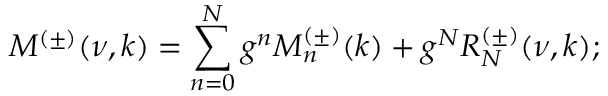
M ^ { ( \pm ) } ( \nu , k ) = \sum _ { n = 0 } ^ { N } g ^ { n } M _ { n } ^ { ( \pm ) } ( k ) + g ^ { N } R _ { N } ^ { ( \pm ) } ( \nu , k ) ;